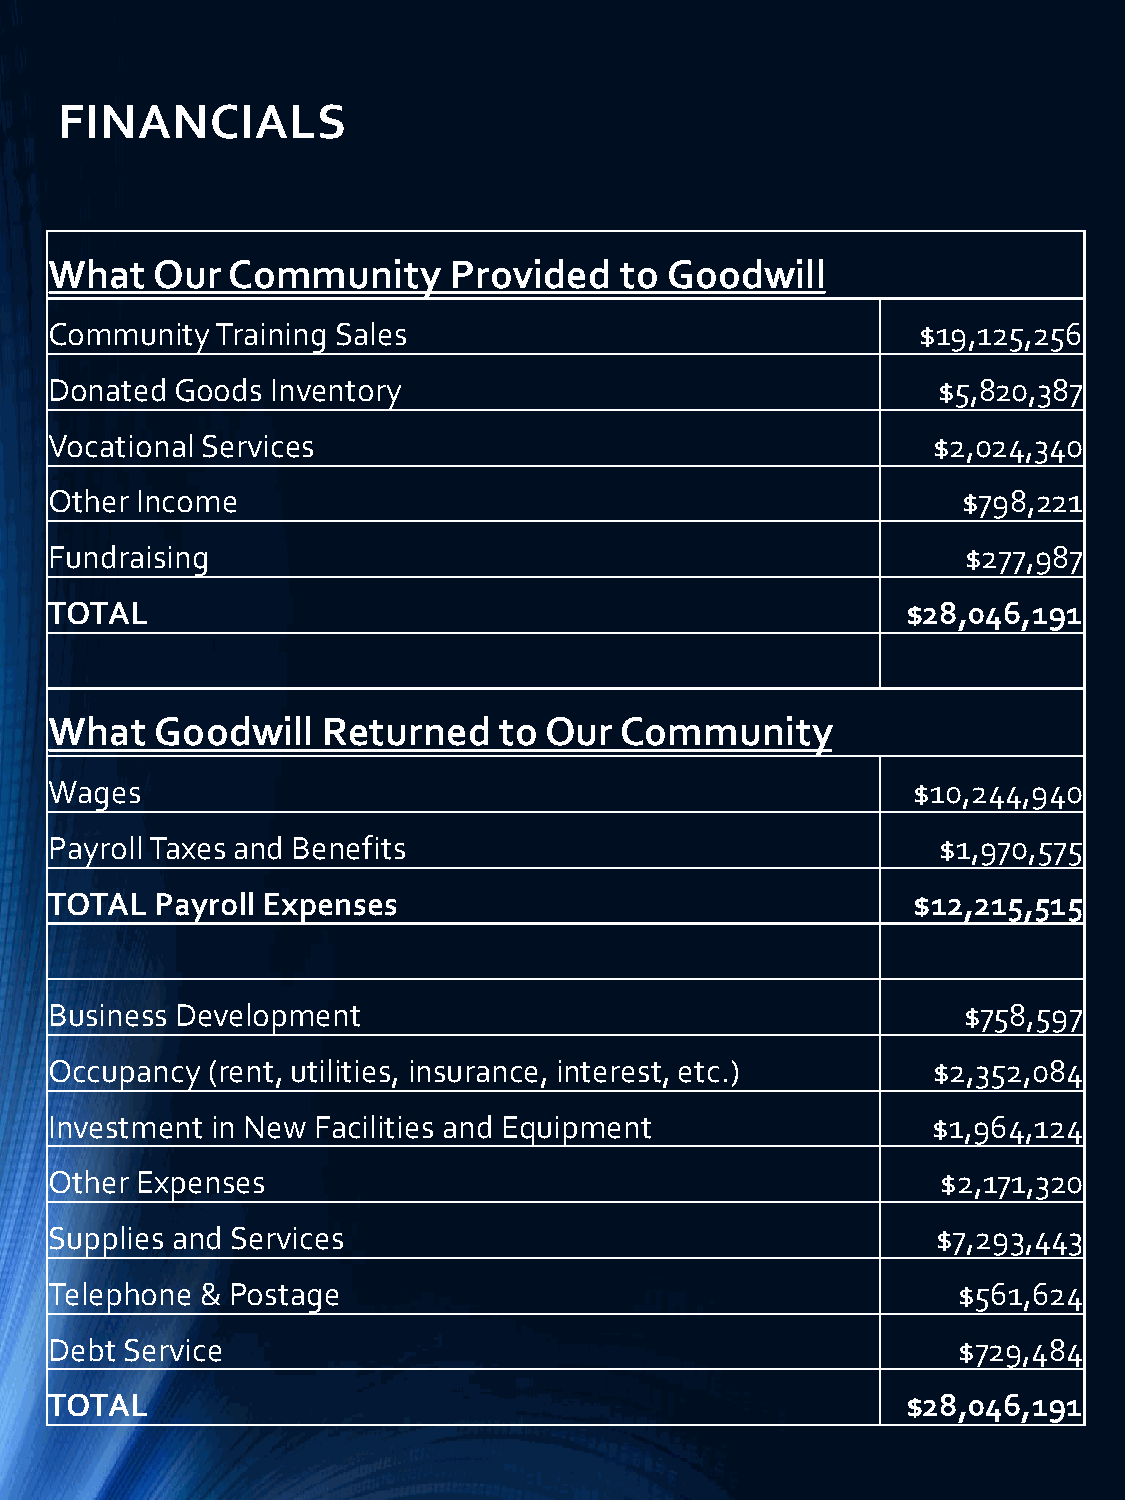
FINANCIALS
 What   Our  Community      Provided   to Goodwill
 Community  Training Sales                                 $19,125,256
 Donated  Goods Inventory                                   $5,820,387
 Vocational Services                                        $2,024,340
 Other Income                                                 $798,221
 Fundraising                                                  $277,987
 TOTAL                                                    $28,046,191
 What   Goodwill   Returned    to Our  Community
 Wages                                                    $10,244,940
 Payroll Taxes and Benefits                                 $1,970,575
 TOTAL  Payroll Expenses                                  $12,215,515
 Business Development                                         $758,597
 Occupancy  (rent, utilities, insurance, interest, etc.)    $2,352,084
 Investment in New Facilities and Equipment                 $1,964,124
 Other Expenses                                             $2,171,320
 Supplies and Services                                      $7,293,443
 Telephone & Postage                                         $561,624
 Debt Service                                                $729,484
 TOTAL                                                    $28,046,191